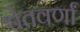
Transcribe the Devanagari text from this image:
श्वेतवर्णां